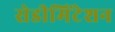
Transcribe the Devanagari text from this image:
सेडीमिंटेशन